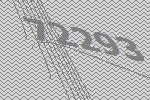
72293